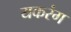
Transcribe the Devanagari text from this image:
यकरंग